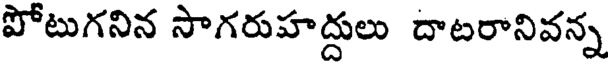
పోటుగనిన సాగరుహద్దులు దాటరానివన్న